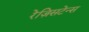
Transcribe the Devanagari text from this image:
रेज़िसटेन्स